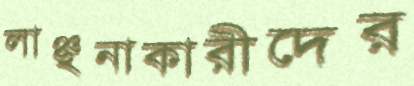
লাঞ্ছনাকারীদের